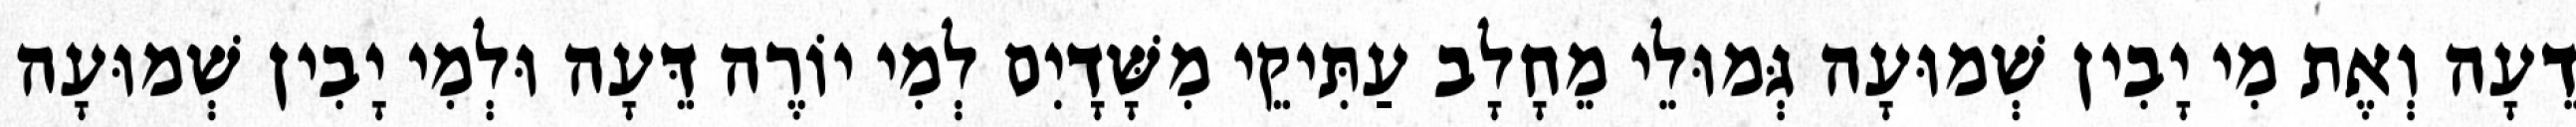
דֵעָה וְאֶת מִי יָבִין שְׁמוּעָה גְּמוּלֵי מֵחָלָב עַתִּיקֵי מִשָּׁדָיִם לְמִי יוֹרֶה דֵּעָה וּלְמִי יָבִין שְׁמוּעָה